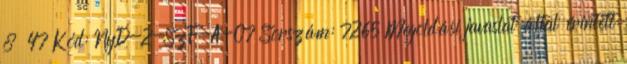
8 47 Kód: NyD-2-SzF-A-07 Sorszám: 7265 Megoldási javaslat által érintett